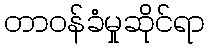
တာဝန်ခံမှုဆိုင်ရာ